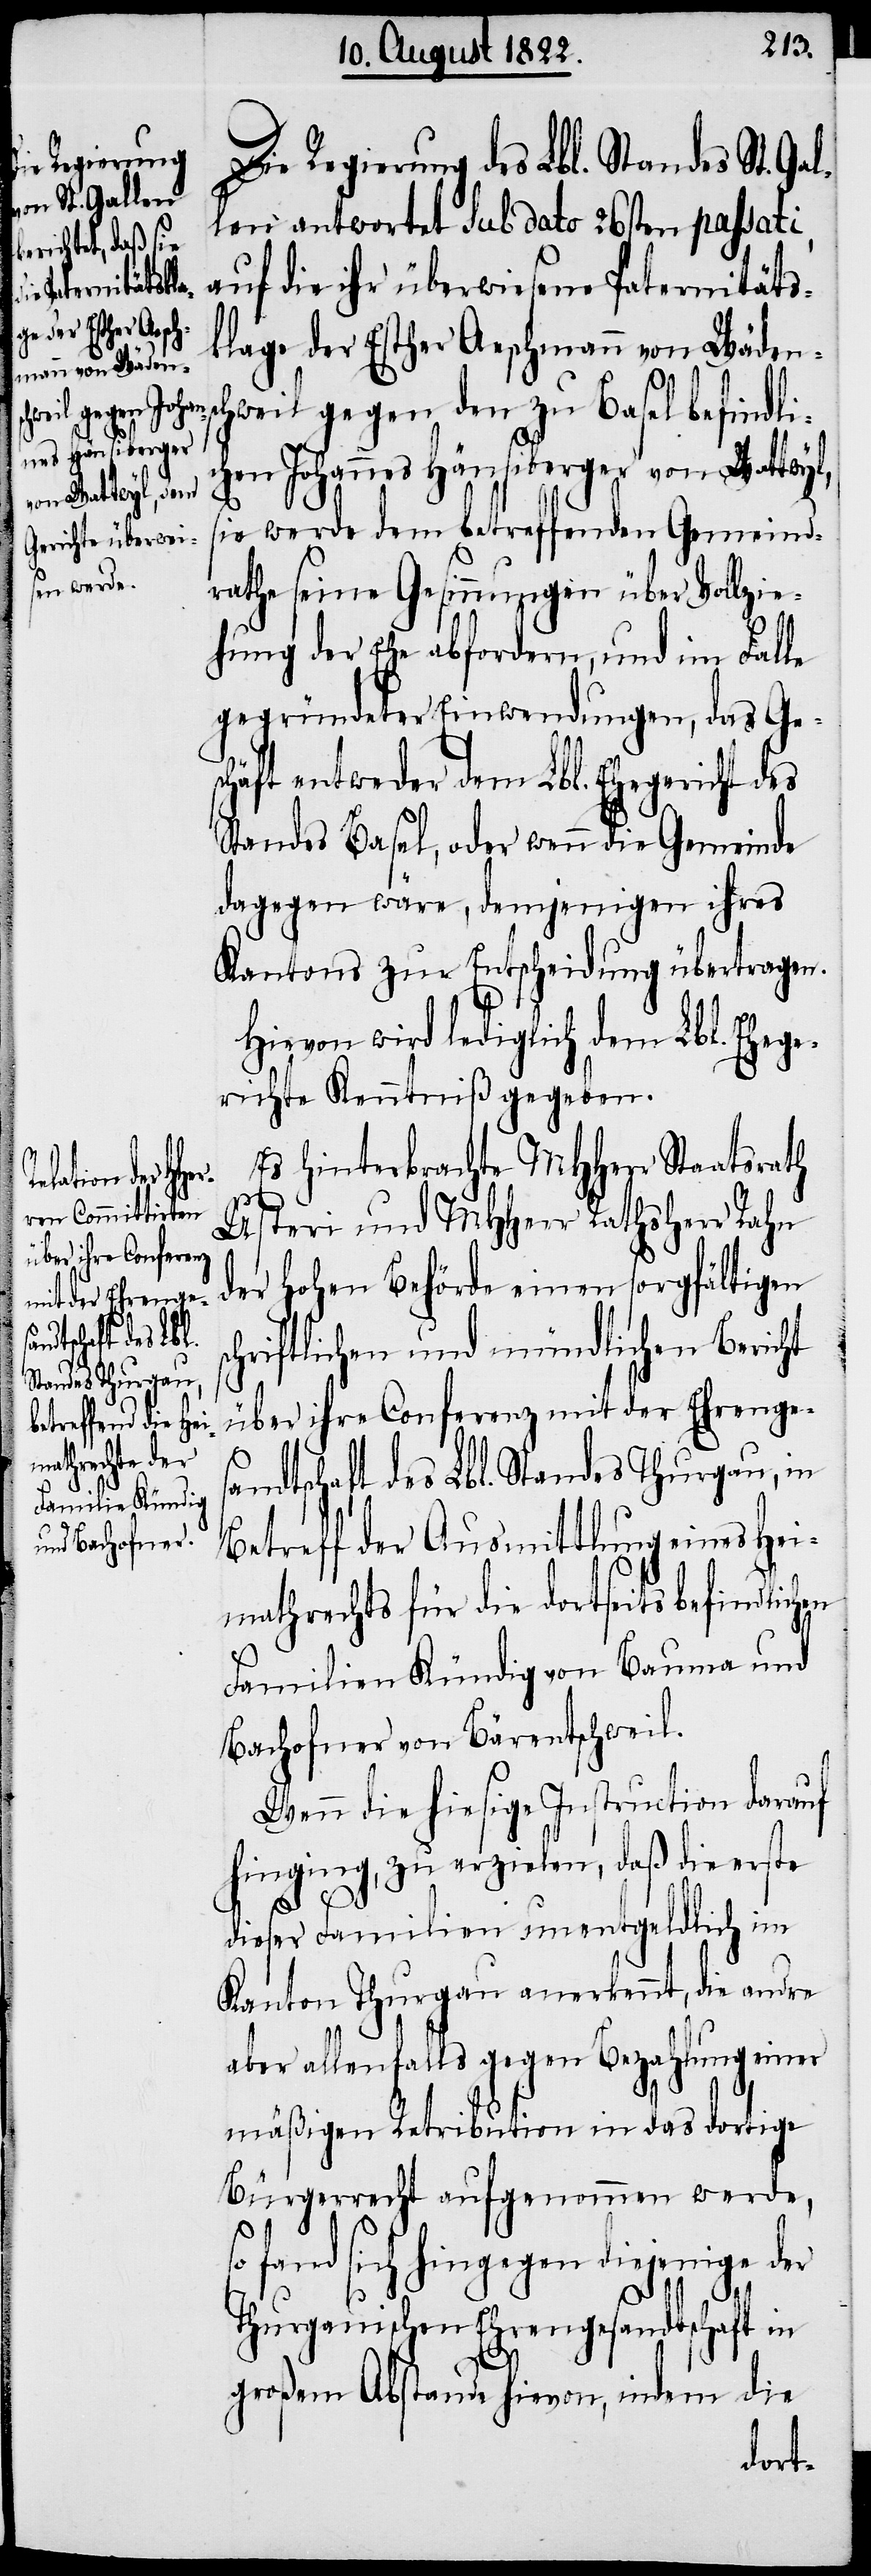
Es hinterbrachte MHHerr Staatsrath
teri und MHHerr Rathsherr Rahn
Us¬
der Hohen Behörde einen sorgfältigen
chriftlichen und mündlichen Bericht
über ihre Conferenz mit der Ehrenges¬
andtschaft des Lbl. Standes Thurgau, in
Betreff der Ausmittlung eines Hei¬
mathrechts für die dortseits befindlich¬
Familien Kündig von Bauma und
Bachofner von Bärentschweil.
Wenn die hiesige Instruction darauf
hinging, zu erzielen, daß die erste
s¬
en
dieser Familien unentgeldlich im
Kanton Thurgau anerkennt, die andre
aber allenfalls gegen Bezahlung einer
mäßigen Retribution in das dortige
Bürgerrecht aufgenommen werde,
fand sich hingegen diejenige
Thurgauischen Ehrengesandtschaft in
großem Abstande hievon, indem die